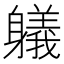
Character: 𲄯